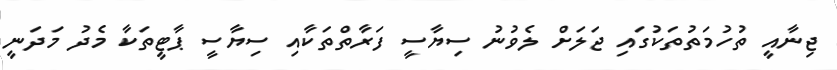
ޖިނާއީ ތުހުމަތުތަކުގައި ޖަލަށް ލެވުނު ސިޔާސީ ފަރާތްތަކާއި ސިޔާސީ ޕާޓީތަކާ މެދު މަދަނީ